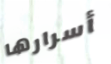
أسرارها